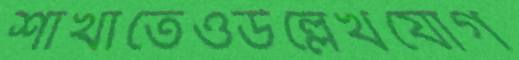
শাখাতেওউল্লেখযোগ